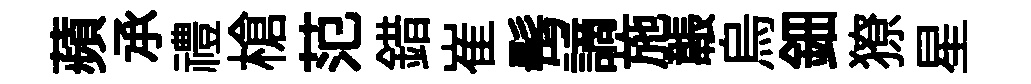
蘋𠄘禮槍范錯崔髩謫施韔烏鈿獠星